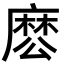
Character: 𮮊